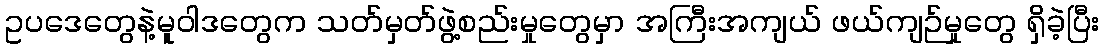
ဥပဒေတွေနဲ့မူဝါဒတွေက သတ်မှတ်ဖွဲ့စည်းမှုတွေမှာ အကြီးအကျယ် ဖယ်ကျဉ်မှုတွေ ရှိခဲ့ပြီး